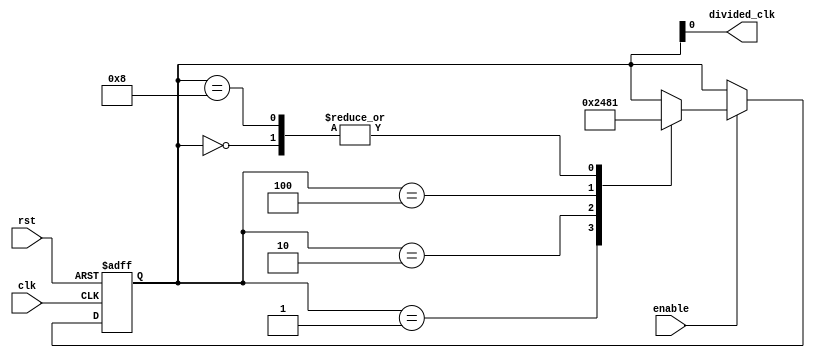
module johnson_counter_clock_divider (
    input wire clk,          // input clock signal
    input wire rst,          // reset signal
    input wire enable,       // enable signal
    output reg divided_clk   // output divided clock signal
);

reg [3:0] johnson_counter;  // Johnson counter with 4 flip-flops

always @(posedge clk or posedge rst) begin
    if (rst) begin
        johnson_counter <= 4'b0000;  // reset Johnson counter
    end else if (enable) begin
        case(johnson_counter)
            4'b0000: johnson_counter <= 4'b0001;
            4'b0001: johnson_counter <= 4'b0010;
            4'b0010: johnson_counter <= 4'b0100;
            4'b0100: johnson_counter <= 4'b1000;
            4'b1000: johnson_counter <= 4'b0001;
        endcase
    end
end

assign divided_clk = johnson_counter[0];  // divided clock signal

endmodule